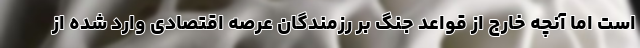
است اما آنچه خارج از قواعد جنگ بر رزمندگان عرصه اقتصادی وارد شده از